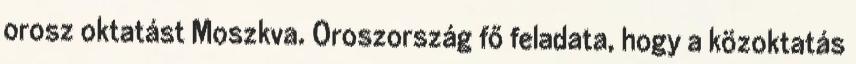
orosz oktatást Moszkva. Oroszország fő feladata, hogy a közoktatás